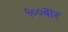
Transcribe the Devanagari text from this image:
१००बार